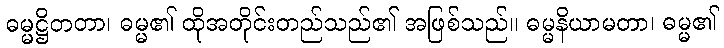
ဓမ္မဋ္ဌိတတာ၊ ဓမ္မ၏ ထိုအတိုင်းတည်သည်၏ အဖြစ်သည်။ ဓမ္မနိယာမတာ၊ ဓမ္မ၏